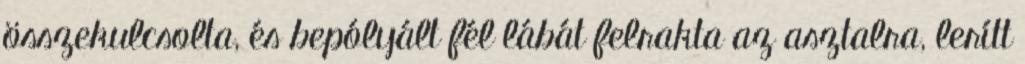
összekulcsolta, és bepólyált fél lábát felrakta az asztalra, lerítt